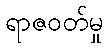
ရာဇဝတ်မှု